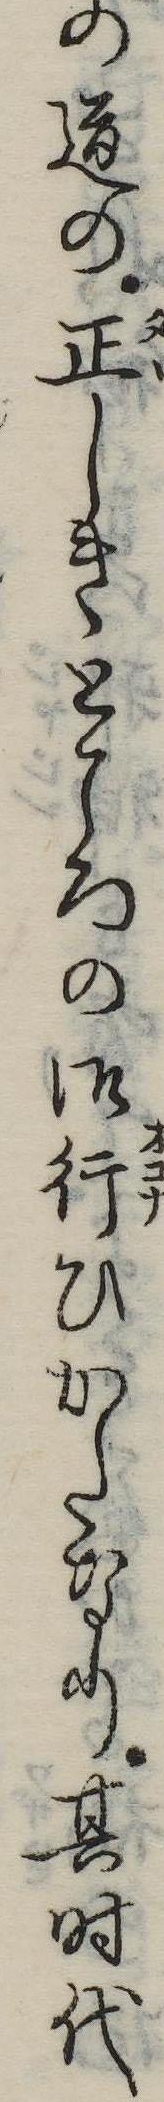
の道の正しきところの御行ひかたなり其時代